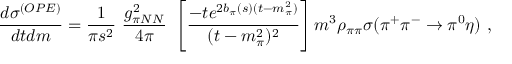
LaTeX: \frac { d \sigma ^ { ( O P E ) } } { d t d m } = \frac { 1 } { \pi s ^ { 2 } } \ \frac { g _ { \pi N N } ^ { 2 } } { 4 \pi } \ \left[ \frac { - t e ^ { 2 b _ { \pi } ( s ) ( t - m _ { \pi } ^ { 2 } ) } } { ( t - m _ { \pi } ^ { 2 } ) ^ { 2 } } \right] m ^ { 3 } \rho _ { \pi \pi } \sigma ( \pi ^ { + } \pi ^ { - } \rightarrow \pi ^ { 0 } \eta ) \ ,